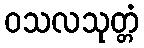
ဝသလသုတ္တံ